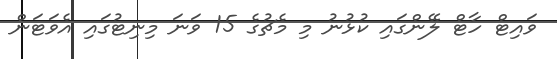
ވައިޓް ހާޓް ލޭންގައި ކުޅުނު މި މެޗުގެ 15 ވަނަ މިނިޓުގައި އެވަޓަން